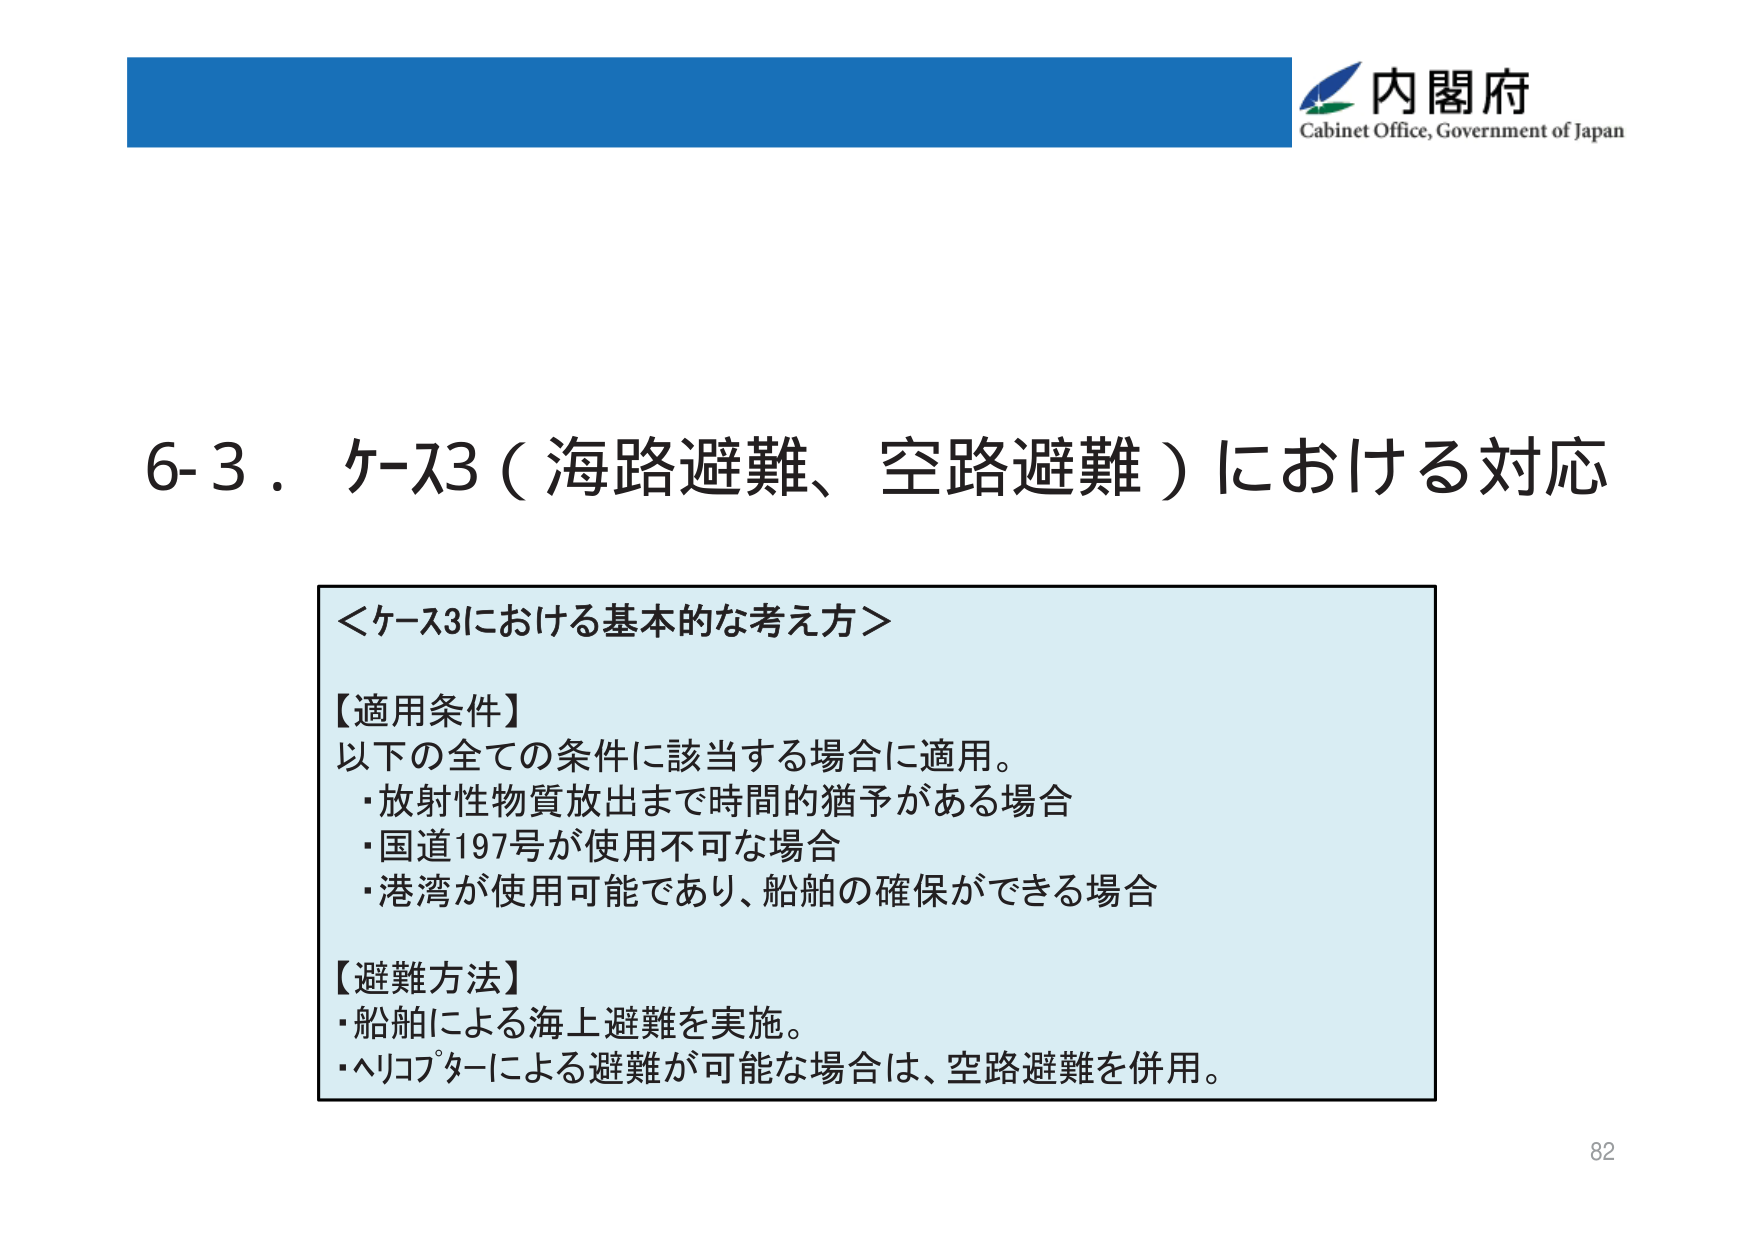
内閣府
Cabinet Office, Government of Japan

6-3．ケース3（海路避難、空路避難）における対応

＜ケース3における基本的な考え方＞

【適用条件】
以下の全ての条件に該当する場合に適用。
・放射性物質放出まで時間的猶予がある場合
・国道197号が使用不可な場合
・港湾が使用可能であり、船舶の確保ができる場合

【避難方法】
・船舶による海上避難を実施。
・ヘリコプターによる避難が可能な場合は、空路避難を併用。

82